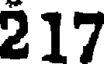
217